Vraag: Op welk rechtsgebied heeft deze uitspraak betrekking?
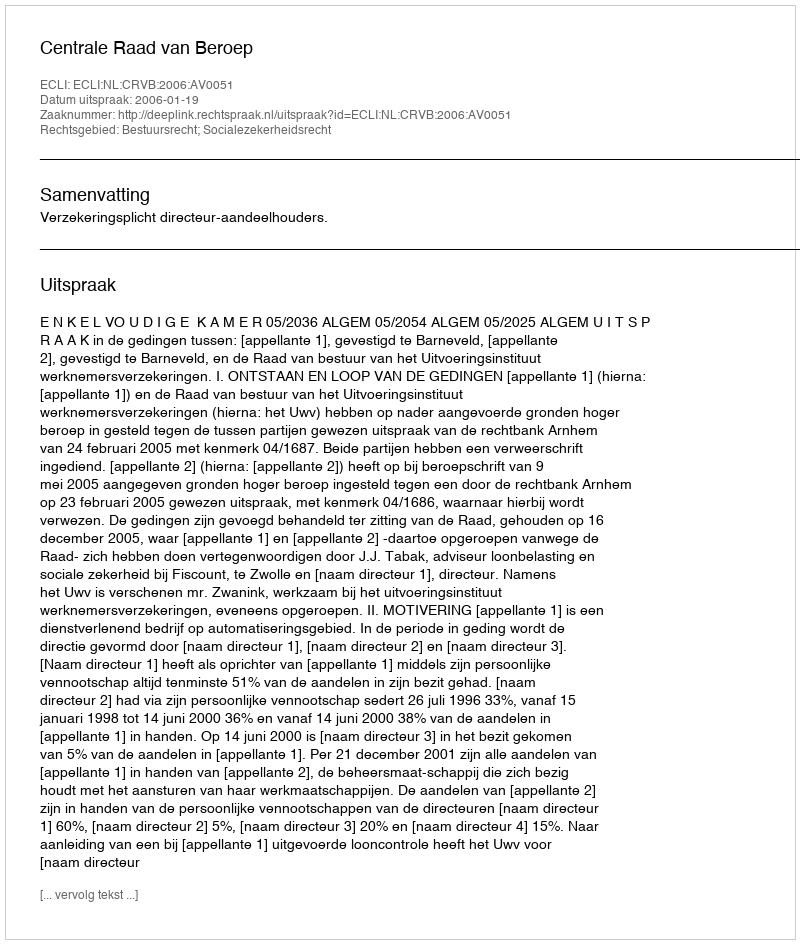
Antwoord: Bestuursrecht; Socialezekerheidsrecht